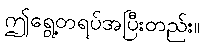
ဤရွေ့တရပ်အပြီးတည်း။